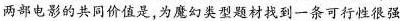
两部电影的共同价值是,为魔幻类型题材找到一条可行性很强